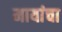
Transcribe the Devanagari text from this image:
मायांचा